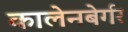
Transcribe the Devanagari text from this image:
कालेनबेर्गर